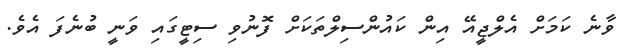
ވާނެ ކަމަށް އެލްޖީއޭ އިން ކައުންސިލްތަކަށް ފޮނުވި ސިޓީގައި ވަނީ ބުނެފަ އެވެ.